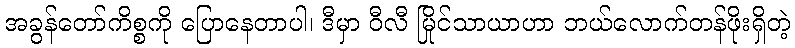
အခွန်တော်ကိစ္စကို ပြောနေတာပါ၊ ဒီမှာ ဝီလီ မြိုင်သာယာဟာ ဘယ်လောက်တန်ဖိုးရှိတဲ့